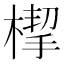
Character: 㮮